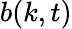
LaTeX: b(k,t)